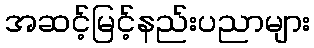
အဆင့်မြင့်နည်းပညာများ